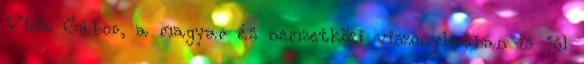
Vida Gábor, a magyar és nemzetközi viszonylatban is jól